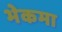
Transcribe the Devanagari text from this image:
भेकमा